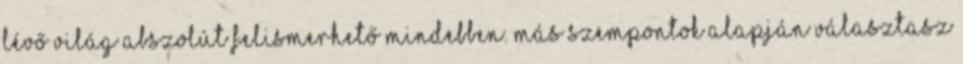
lévő világ abszolút felismerhető mindebben. Más szempontok alapján választasz